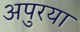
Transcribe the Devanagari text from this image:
अपुरया